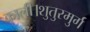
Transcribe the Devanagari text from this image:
काली।शुतुरमुर्ग